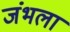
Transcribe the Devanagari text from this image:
जंभला